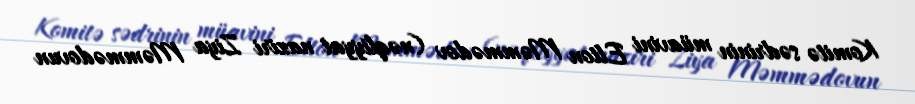
Komitə sədrinin müavini Elton Məmmədov (nəqliyyat naziri Ziya Məmmədovun